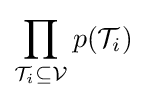
\prod _{{\mathcal {T}}_{i}\subseteq {\mathcal {V}}}p({\mathcal {T}}_{i})